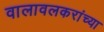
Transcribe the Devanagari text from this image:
वालावलकरांच्या